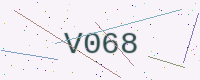
Text: V068